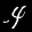
Label: 4